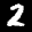
Label: 2